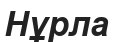
Нұрла